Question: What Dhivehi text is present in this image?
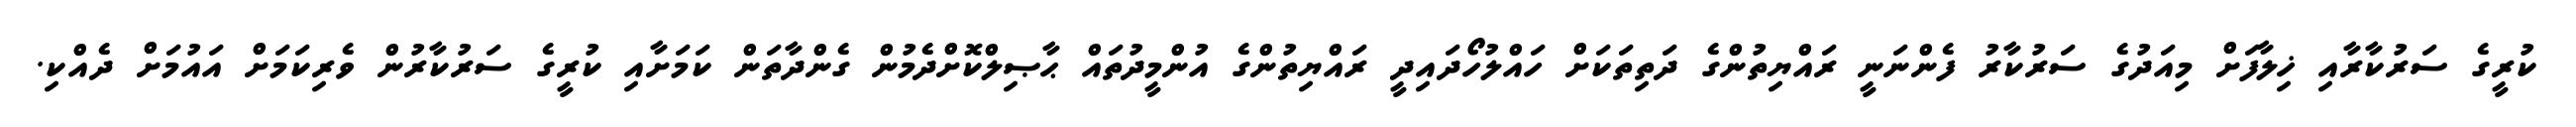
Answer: ކުރީގެ ސަރުކާރާއި ޚިލާފަށް މިއަދުގެ ސަރުކާރު ފެންނަނީ ރައްޔިތުންގެ ދަތިތަކަށް ހައްލުހޯދައިދީ ރައްޔިތުންގެ އުންމީދުތައް ޙާޞިލްކޮށްދެމުން ގެންދާތަން ކަމަށާއި ކުރީގެ ސަރުކާރުން ވެރިކަމަށް އައުމަށް ދެއްކި.